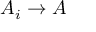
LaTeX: A _ { i } \to A